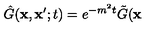
\hat { G } ( \mathbf { x } , \mathbf { x } ^ { \prime } ; t ) = e ^ { - m ^ { 2 } t } \tilde { G } ( \mathbf { x }